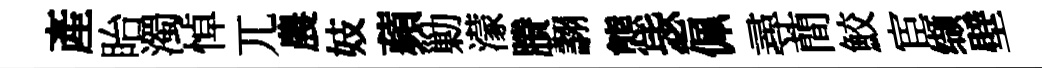
産眙濁悼兀農妓蘋勦濛賸翿態毖佩尋蕳鮫宦缬壁